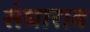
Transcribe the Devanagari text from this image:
संघाराव